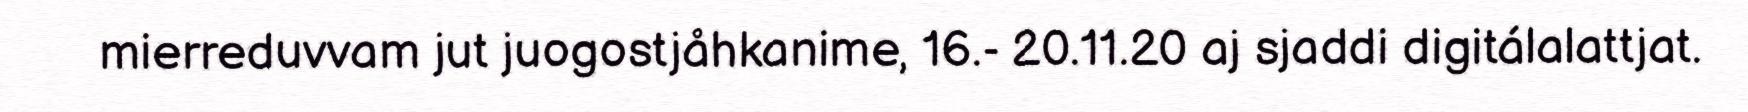
mierreduvvam jut juogostjåhkanime, 16.- 20.11.20 aj sjaddi digitálalattjat.